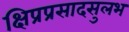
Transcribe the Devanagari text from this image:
क्षिप्रप्रसादसुलभ